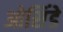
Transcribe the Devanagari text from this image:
ओसिंडे